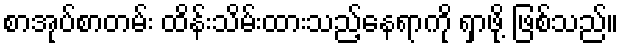
စာအုပ်စာတမ်း ထိန်းသိမ်းထားသည့်နေရာကို ရှာဖို့ ဖြစ်သည်။